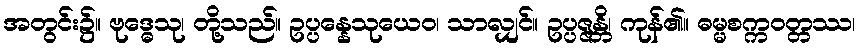
အတွင်း၌။ ဗုဒ္ဓေသု၊ တို့သည်။ ဥပ္ပန္နေသုယေဝ၊ သာလျှင်။ ဥပ္ပဇ္ဇန္တိ၊ ကုန်၏။ ဓမ္မစက္ကဝတ္တဿ၊